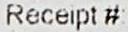
RECEIPT #: